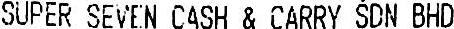
SUPER SEVEN CASH & CARRY SDN BHD